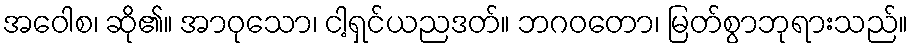
အဝေါစ၊ ဆို၏။ အာဝုသော၊ ငါ့ရှင်ယညဒတ်။ ဘဂဝတော၊ မြတ်စွာဘုရားသည်။